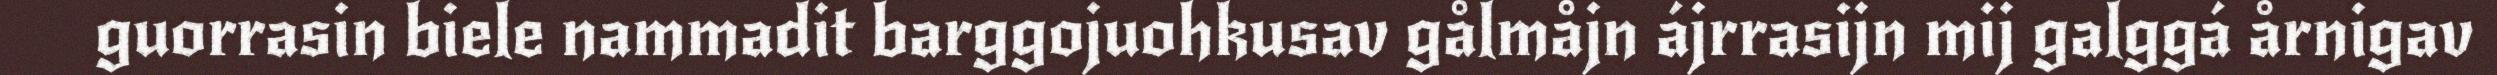
guorrasin biele nammadit barggojuohkusav gålmåjn ájrrasijn mij galggá årnigav